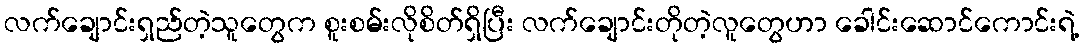
လက်ချောင်းရှည်တဲ့သူတွေက စူးစမ်းလိုစိတ်ရှိပြီး လက်ချောင်းတိုတဲ့လူတွေဟာ ခေါင်းဆောင်ကောင်းရဲ့